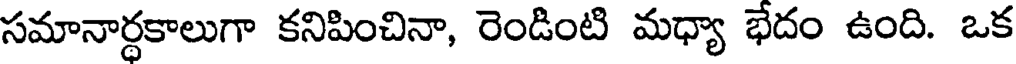
సమానార్థకాలుగా కనిపించినా, రెండింటి మధ్యా భేదం ఉంది. ఒక